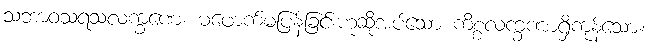
သဘာဝသရသလက္ခဏေ၊ မဖောက်မပြန်ခြင်းဟုဆိုအပ်သော ကိစ္စလက္ခဏာရှိကုန်သော။